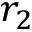
r _ { 2 }